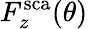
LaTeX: F_{z}^{\mathrm{sca}}(\theta)